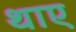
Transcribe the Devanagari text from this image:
थाए